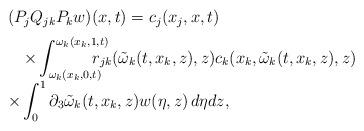
LaTeX: \begin{align*}\begin{array}{lr}(P_jQ_{jk}P_{k}w)(x,t) = c_j(x_j,x,t) \\ [2mm]\displaystyle\quad\times\int_{\omega_k(x_k,0,t)}^{\omega_k(x_k,1,t)}\hskip-5mm r_{jk}(\tilde{\omega}_k(t,x_k,z),z)c_k(x_k,\tilde{\omega}_k(t,x_k,z),z)\\ [2mm]\times \displaystyle \int_{0}^{1}\partial_{3}\tilde{\omega}_k(t,x_k,z)w(\eta,z)\, d\eta dz, &\end{array}\end{align*}